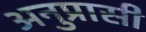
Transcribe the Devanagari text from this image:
अनुप्रासी